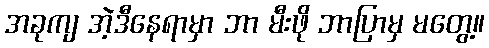
အခုကျ အဲ့ဒီနေရာမှာ ဘာ မီးဖို ဘာပြာမှ မတွေ့။